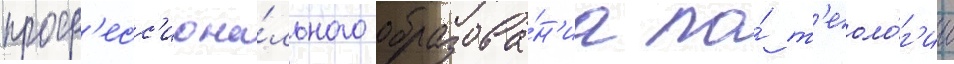
проф'есс'иона́льного образова́н'иа по́ т'еоло́г'ии